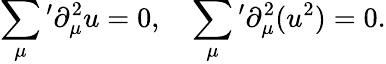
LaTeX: \sum_{\mu}{}^{\prime}\partial_{\mu}^{2}u=0,\quad\sum_{\mu}{}^{\prime}\partial_{\mu}^{2}(u^{2})=0.